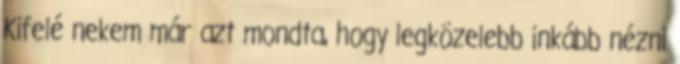
Kifelé nekem már azt mondta, hogy legközelebb inkább nézni